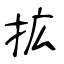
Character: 拡